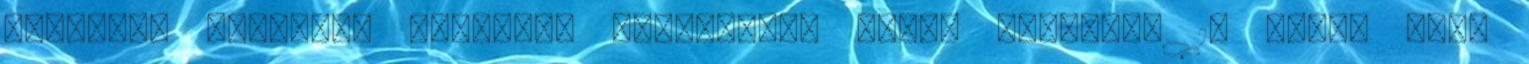
hûséggé, kitartó, cselekvõ szeretetté Ámen. Átalvetõ 13 EKOSZ EMTE